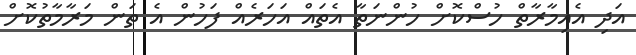
އަދި އެއިމާރާތް ހުސްކޮށް ހުންނަތާ އެތައް އަހަރެއް ފަހުން އެ ތަން މަރާމާތުކޮށް